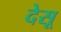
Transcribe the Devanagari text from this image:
देसू